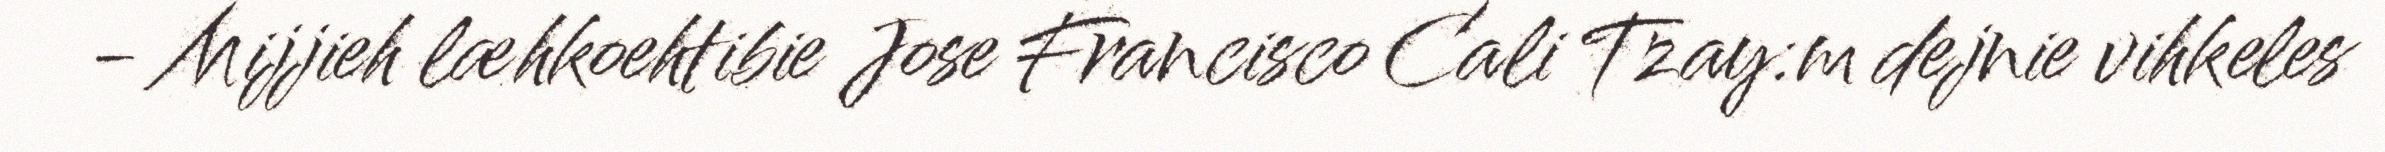
- Mijjieh læhkoehtibie Jose Francisco Cali Tzay:m dejnie vihkeles